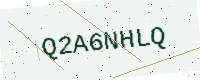
Text: Q2A6NHLQ